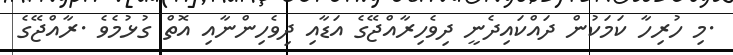
.މި ހުރިހާ ކަމަކުން ދައްކައިދެނީ ދިވެހިރާއްޖޭގެ އަޑާއި ދިވެހިންނާއި އޮތް ގުޅުމެވެ .ރާއްޖޭގެ